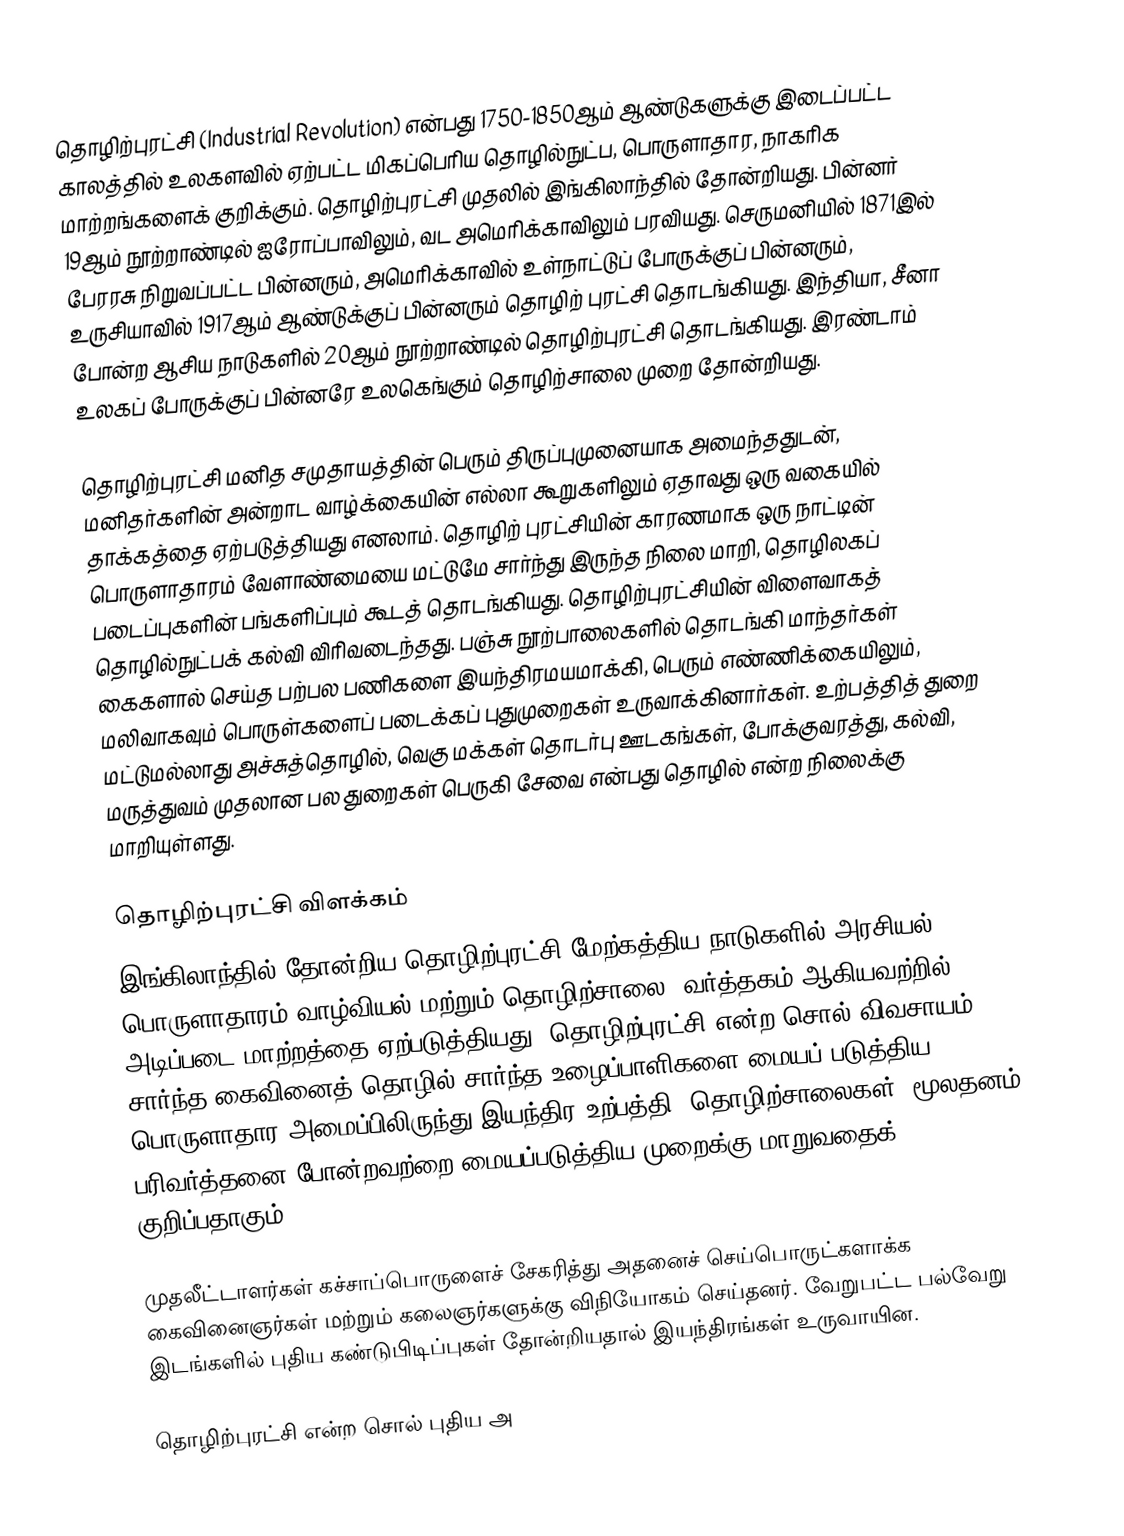
தொழிற்புரட்சி (Industrial Revolution) என்பது 1750-1850ஆம் ஆண்டுகளுக்கு இடைப்பட்ட காலத்தில் உலகளவில் ஏற்பட்ட மிகப்பெரிய தொழில்நுட்ப, பொருளாதார, நாகரிக மாற்றங்களைக் குறிக்கும். தொழிற்புரட்சி முதலில் இங்கிலாந்தில் தோன்றியது. பின்னர் 19ஆம் நூற்றாண்டில் ஐரோப்பாவிலும், வட அமெரிக்காவிலும் பரவியது. செருமனியில் 1871இல் பேரரசு நிறுவப்பட்ட பின்னரும், அமெரிக்காவில் உள்நாட்டுப் போருக்குப் பின்னரும், உருசியாவில் 1917ஆம் ஆண்டுக்குப் பின்னரும் தொழிற் புரட்சி தொடங்கியது.  இந்தியா, சீனா போன்ற ஆசிய நாடுகளில் 20ஆம் நூற்றாண்டில் தொழிற்புரட்சி தொடங்கியது. இரண்டாம் உலகப் போருக்குப் பின்னரே உலகெங்கும் தொழிற்சாலை முறை தோன்றியது.

தொழிற்புரட்சி மனித சமுதாயத்தின் பெரும் திருப்புமுனையாக அமைந்ததுடன், மனிதர்களின் அன்றாட வாழ்க்கையின் எல்லா கூறுகளிலும் ஏதாவது ஒரு வகையில் தாக்கத்தை ஏற்படுத்தியது எனலாம். தொழிற் புரட்சியின் காரணமாக ஒரு நாட்டின் பொருளாதாரம் வேளாண்மையை மட்டுமே சார்ந்து இருந்த நிலை மாறி, தொழிலகப் படைப்புகளின் பங்களிப்பும் கூடத் தொடங்கியது. தொழிற்புரட்சியின் விளைவாகத் தொழில்நுட்பக் கல்வி விரிவடைந்தது. பஞ்சு நூற்பாலைகளில் தொடங்கி மாந்தர்கள் கைகளால் செய்த பற்பல பணிகளை இயந்திரமயமாக்கி, பெரும் எண்ணிக்கையிலும், மலிவாகவும் பொருள்களைப் படைக்கப் புதுமுறைகள் உருவாக்கினார்கள். உற்பத்தித் துறை மட்டுமல்லாது அச்சுத்தொழில், வெகு மக்கள் தொடர்பு ஊடகங்கள், போக்குவரத்து, கல்வி, மருத்துவம் முதலான பல துறைகள் பெருகி சேவை என்பது தொழில் என்ற நிலைக்கு மாறியுள்ளது.

தொழிற்புரட்சி விளக்கம்
இங்கிலாந்தில் தோன்றிய தொழிற்புரட்சி மேற்கத்திய நாடுகளில் அரசியல் பொருளாதாரம் வாழ்வியல் மற்றும் தொழிற்சாலை, வர்த்தகம் ஆகியவற்றில் அடிப்படை மாற்றத்தை ஏற்படுத்தியது.  தொழிற்புரட்சி என்ற சொல் விவசாயம் சார்ந்த கைவினைத் தொழில் சார்ந்த உழைப்பாளிகளை மையப் படுத்திய பொருளாதார அமைப்பிலிருந்து இயந்திர உற்பத்தி, தொழிற்சாலைகள், மூலதனம் பரிவர்த்தனை போன்றவற்றை மையப்படுத்திய முறைக்கு மாறுவதைக் குறிப்பதாகும்.

முதலீட்டாளர்கள் கச்சாப்பொருளைச் சேகரித்து அதனைச் செய்பொருட்களாக்க கைவினைஞர்கள் மற்றும் கலைஞர்களுக்கு விநியோகம் செய்தனர். வேறுபட்ட பல்வேறு இடங்களில் புதிய கண்டுபிடிப்புகள் தோன்றியதால் இயந்திரங்கள் உருவாயின.

தொழிற்புரட்சி என்ற சொல் புதிய அ